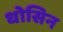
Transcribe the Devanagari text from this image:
धोसिन